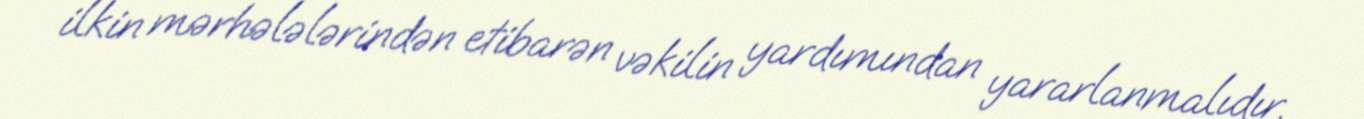
ilkin mərhələlərindən etibarən vəkilin yardımından yararlanmalıdır.